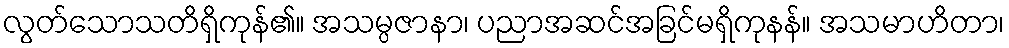
လွတ်သောသတိရှိကုန်၏။ အသမ္ပဇာနာ၊ ပညာအဆင်အခြင်မရှိကုနန်။ အသမာဟိတာ၊